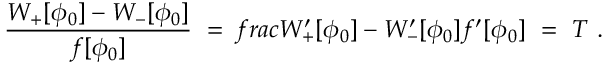
\frac { W _ { + } [ \phi _ { 0 } ] - W _ { - } [ \phi _ { 0 } ] } { f [ \phi _ { 0 } ] } \ = \, f r a c { W _ { + } ^ { \prime } [ \phi _ { 0 } ] - W _ { - } ^ { \prime } [ \phi _ { 0 } ] } { f ^ { \prime } [ \phi _ { 0 } ] } \ = \ T \ .